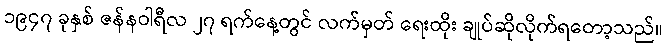
၁၉၄၇ ခုနှစ် ဇန်နဝါရီလ ၂၇ ရက်နေ့တွင် လက်မှတ် ရေးထိုး ချုပ်ဆိုလိုက်ရတော့သည်။